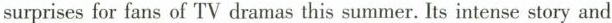
surprises for fans of TV dramas this summer. Its intense story and